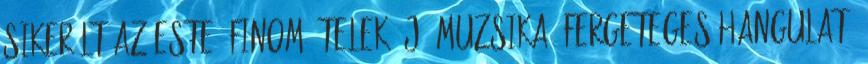
sikerült az este, finom ételek, jó muzsika, fergeteges hangulat.